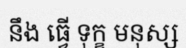
នឹង ធ្វើ ទុក្ខ មនុស្ស